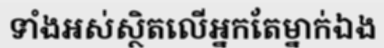
ទាំងអស់ស្ថិតលើអ្នកតែម្នាក់ឯង